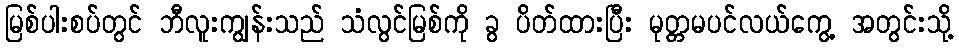
မြစ်ပါးစပ်တွင် ဘီလူးကျွန်းသည် သံလွင်မြစ်ကို ခွ ပိတ်ထားပြီး မုတ္တမပင်လယ်ကွေ့ အတွင်းသို့